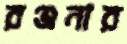
রঞ্জনার